Report on vaccination in the Province of Bengal - 1874-1889
Year: 1874
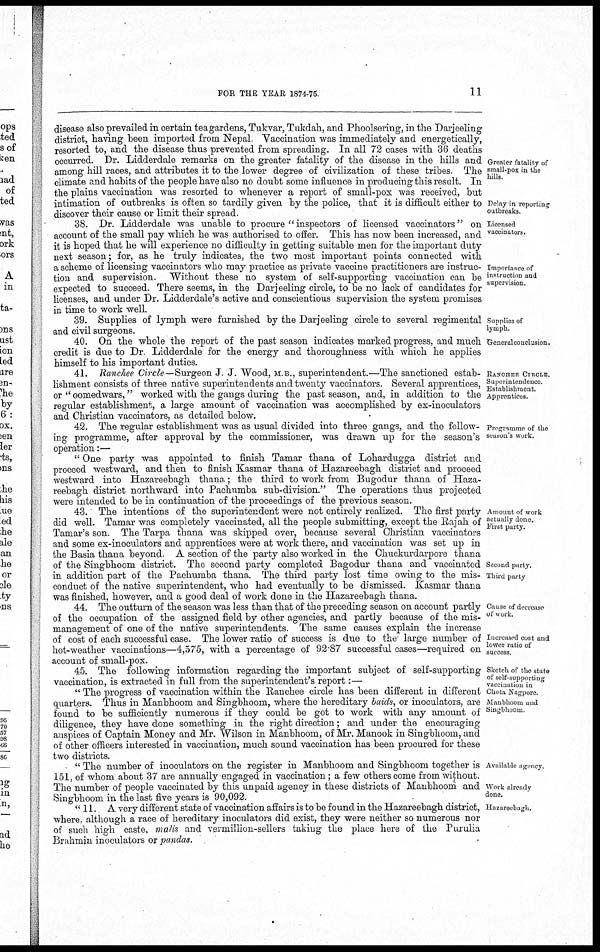
FOR THE YEAR 1874-75
11
Greater fatality of
small-pox in the
hills.
Delay in reporting
outbreaks.
disease also prevailed in certain tea gardens, Tukvar, Tukdah, and Phoolsering, in the Darjeeling
district, having been imported from Nepal Vaccination was immediately and energetically,
resorted to, and the disease thus prevented from spreading. In all 72 cases with 36 deaths
occurred. Dr. Lidderdale remarks on the greater fatality of the disease in the hills and
among hill races, and attributes it to the lower degree of civilization of these tribes. The
climate and habits of the people have also no doubt some influence in producing this result. In
the plains vaccination was resorted to whenever a report of small-pox was received, but
intimation of outbreaks is often so tardily given by the police, that it is difficult either to
discover their cause or limit their spread
Licensed
vaccinators.
Importance of
instruction and
supervision.
38. Dr. Lidderdale was unable to procure "inspectors of licensed vaccinators" on
account of the small pay which he was authorised to offer. This has now been increased, and
it is hoped that he will experience no difficulty in getting suitable men for the important duty
next season; for, as he truly indicates, the two most important points connected with
a scheme of licensing vaccinators who may practice as private vaccine practitioners are instruc-
tion and supervision. Without these no system of self-supporting vaccination can be
expected to succeed. There seems, in the Darjeeling circle, to be no lack of candidates for
licenses, and under Dr. Lidderdale's active and conscientious supervision the system promises
in time to work well.
Supplies of
lymph.
39. Supplies of lymph were furnished by the Darjeeling circle to several regimental
and civil surgeons.
General conclusion.
40. On the whole the report of the past season indicates marked progress, and much
credit is due to Dr Lidderdale for the energy and thoroughness with which he applies
himself to his important duties.
RANCHEE CIRCLE.
Superintendence
Establishment.
Apprentices.
41. Ranchee Circle— Surgeon J. J. Wood, M. B., superintendent.—The sanctioned estab-
lishment consists of three native superintendents and twenty vaccinators. Several apprentices,
or " oomedwars," worked with the gangs during the past season, and, in addition to the
regular establishment, a large amount of vaccination was accomplished by ex-inoculators
and Christian vaccinators, as detailed below.
Programme of the
season's work.
42. The regular establishment was as usual divided into three gangs, and the follow-
ing programme, after approval by the commissioner, was drawn up for the season's
operation:—
" One party was appointed to finish Tamar thana of Lohardugga district and
proceed westward, and then to finish Kasmar thana of Hazareebagh district and proceed
westward into Hazareebagh thana; the third to work from Bugodur thana of Haza-
reebagh district northward into Pachumba sub-division." The operations thus projected
were intended to be in continuation of the proceedings of the previous season.
Amount of work
actually done.
Frist party.
Second party.
Third party
43. The intentions of the superintendent were not entirely realized. The first party
did well. Tamar was completely vaccinated, all the people submitting, except the Rajah of
Tamar's son. The Tarpa thana was skipped over, because several Christian vaccinators
and some ex-inoculators and apprentices were at work there, and vaccination was set up in
the Basia thana beyond A section of the party also worked in the Chuckurdarpore thana
of the Smgbhoom district. The second party completed Bagodur thana and vaccinated
in addition part of the Pachumba thana. The third party lost time owing to the mis-
conduct of the native superintendent, who had eventually to be dismissed. Kasmar thana
was finished, however, and a good deal of work done in the Hazareebagh thana.
Cause of decicase
of work.
Increased cost and
lower ratio of
success.
44. The outturn of the season was less than that of the preceding season on account partly
of the occupation of the assigned field by other agencies, and partly because of the mis-
management of one of the native superintendents. The same causes explain the increase
of cost of each successful case. The lower ratio of success is due to the large number of
hot-weather vaccinations—4,575, with a percentage of 92.87 successful cases—required on
account of small-pox.
Sketch of the state
45. The following information regarding the important subject of self-supporting
vaccination, is extracted in full from the superintendent's report:—
Chota Nagpore.
Manbhoom and
Singbhoom
" The progress of vaccination within the Ranchee circle has been different in different
quarters. Thus in Manbhoom and Singbhoom, where the hereditary baids, or inoculators, are
found to be sufficiently numerous if they could be got to work with any amount of
diligence, they have done something in the right direction; and under the encouraging
auspices of Captain Money and Mr. Wilson in Manbhoom, of Mr. Manook in Singbhoom, and
of other officers interested in vaccination, much sound vaccination has been procured for these
two districts.
Available agency.
Work already
done.
" The number of inoculators on the register in Manbhoom and Singbhoom together is
151, of whom about 37 are annually engaged in vaccination; a few others come from without.
The number of people vaccinated by this unpaid agency in these districts of Manbhoom and
Singbhoom in the last five years is 90,092.
Hazareebagh.
"11. A very different state of vaccination affairs is to be found in the Hazareebagh district,
where, although a race of hereditary inoculators did exist, they were neither so numerous nor
of such high caste, malis and vermillion-sellers taking the place here of the Puruha
Brahmin inoculators or pandas.